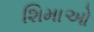
શિમાઓ